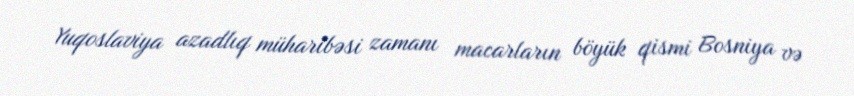
Yuqoslaviya azadlıq müharibəsi zamanı macarların böyük qismi Bosniya və